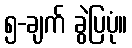
၅-ချက် ခွဲပြပုံ။